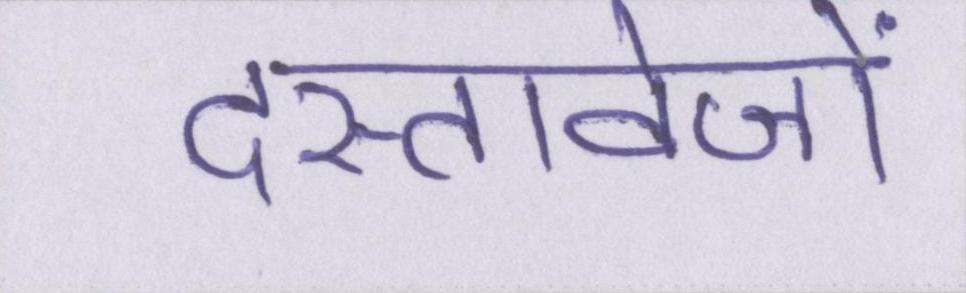
दस्तावेजों